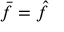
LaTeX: { \bar { f } } = { \hat { f } }